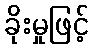
ခိုးမှုဖြင့်